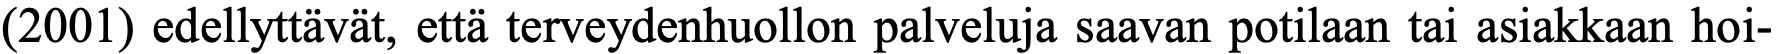
(2001) edellyttävät, että terveydenhuollon palveluja saavan potilaan tai asiakkaan hoi-